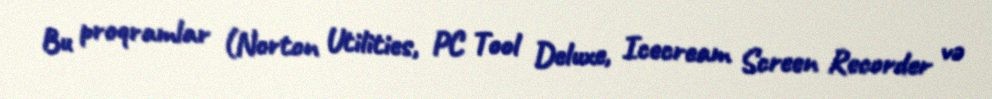
Bu proqramlar (Norton Utilities, PC Tool Deluxe, Icecream Screen Recorder və